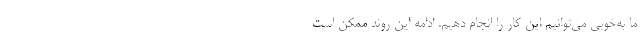
ما به‌خوبی می‌توانیم این کار را انجام دهیم. ادامه این روند ممکن است